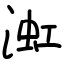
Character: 渱